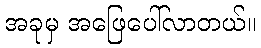
အခုမှ အဖြေပေါ်လာတယ်။